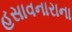
હસાવનારાના